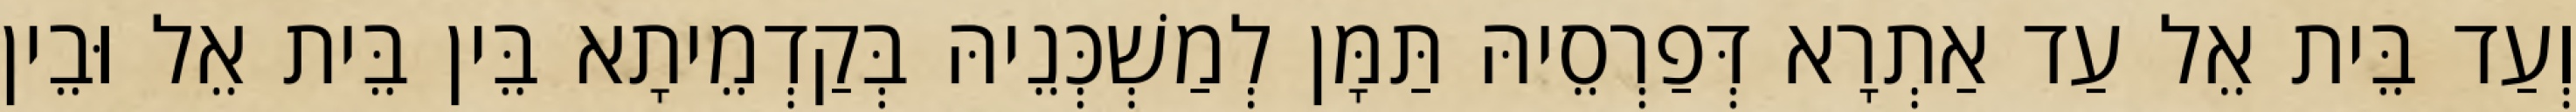
וְעַד בֵּית אֵל עַד אַתְרָא דְּפַרְסֵיהּ תַּמָּן לְמַשְׁכְּנֵיהּ בְּקַדְמֵיתָא בֵּין בֵּית אֵל וּבֵין